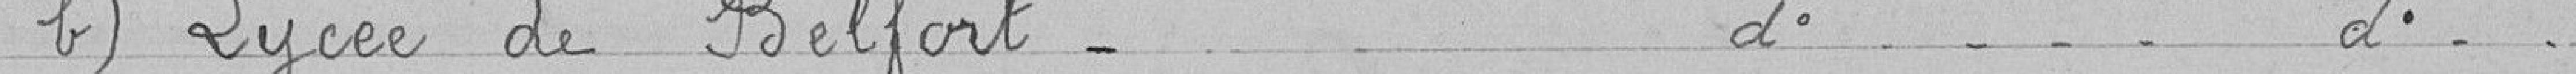
b) Lycée de Belfort